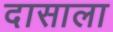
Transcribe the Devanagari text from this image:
दासाला